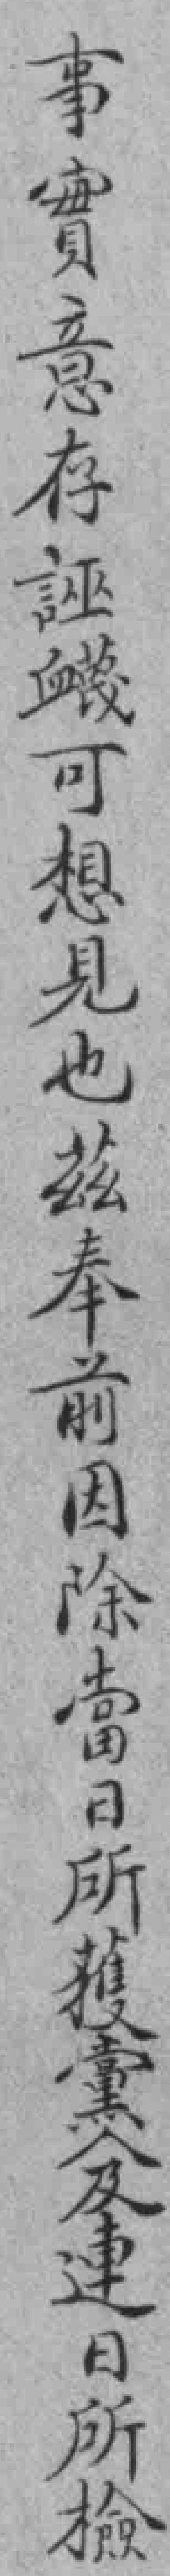
事實意存誣衊可想見也茲奉前因除當日所獲黨人及連日所檢